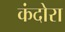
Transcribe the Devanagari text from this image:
कंदोरा